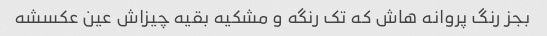
بجز رنگ پروانه هاش که تک رنگه و مشکیه بقیه چیزاش عین عکسشه